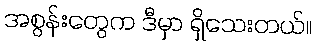
အစွန်းတွေက ဒီမှာ ရှိသေးတယ်။